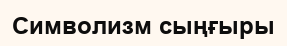
Символизм сыңғыры